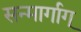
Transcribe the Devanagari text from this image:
सन्मार्गाग्